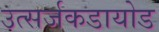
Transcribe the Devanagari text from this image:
उत्सर्जकडायोड